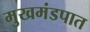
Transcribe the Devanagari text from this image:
मुखमंडपात